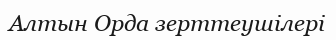
Алтын Орда зерттеушілері